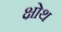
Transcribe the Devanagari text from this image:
क्षोथ